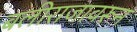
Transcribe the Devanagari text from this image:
बलीराजावरून